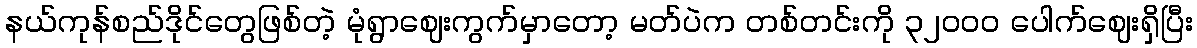
နယ်ကုန်စည်ဒိုင်တွေဖြစ်တဲ့ မုံရွာဈေးကွက်မှာတော့ မတ်ပဲက တစ်တင်းကို ၃၂၀၀၀ ပေါက်ဈေးရှိပြီး